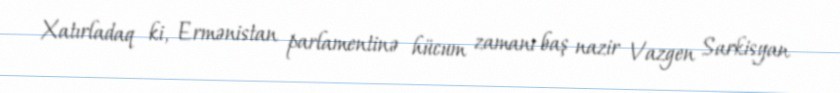
Xatırladaq ki, Ermənistan parlamentinə hücum zamanı baş nazir Vazgen Sarkisyan